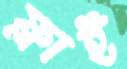
ফ্লাই